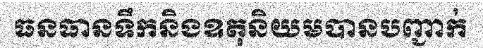
ធនធានទឹកនិងឧតុនិយមបានបញ្ជាក់